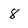
Character: 8